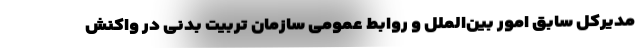
مدیرکل سابق امور بین‌الملل و روابط عمومی سازمان تربیت بدنی در واکنش